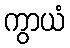
ကွာယံ